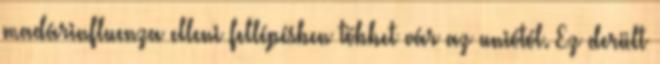
madárinfluenza elleni fellépésben többet vár az uniótól. Ez derült